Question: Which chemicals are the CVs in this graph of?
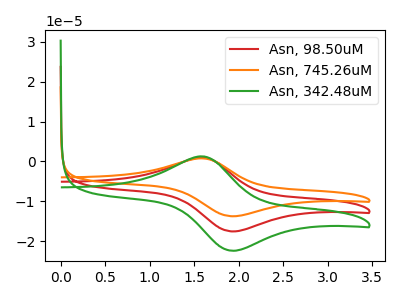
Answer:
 <answer>The red curve is labeled "Asn, 98.50uM". The orange curve is labeled "Asn, 745.26uM". The green curve is labeled "Asn, 342.48uM".</answer>
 <eval></eval>